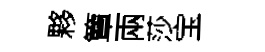
夥簟兩莎宝